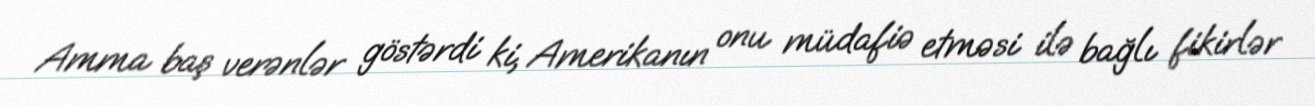
Amma baş verənlər göstərdi ki, Amerikanın onu müdafiə etməsi ilə bağlı fikirlər